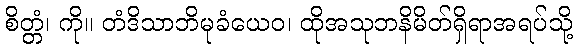
စိတ္တံ၊ ကို။ တံဒိသာဘိမုခံယေဝ၊ ထိုအသုဘနိမိတ်ရှိရာအရပ်သို့